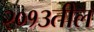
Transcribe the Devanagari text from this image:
२०१३तील